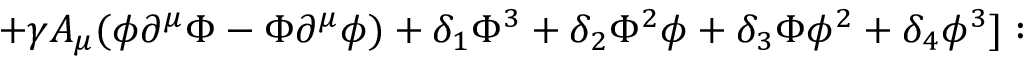
+ \gamma A _ { \mu } ( \phi \partial ^ { \mu } \Phi - \Phi \partial ^ { \mu } \phi ) + \delta _ { 1 } \Phi ^ { 3 } + \delta _ { 2 } \Phi ^ { 2 } \phi + \delta _ { 3 } \Phi \phi ^ { 2 } + \delta _ { 4 } \phi ^ { 3 } ] :